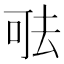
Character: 𠳊